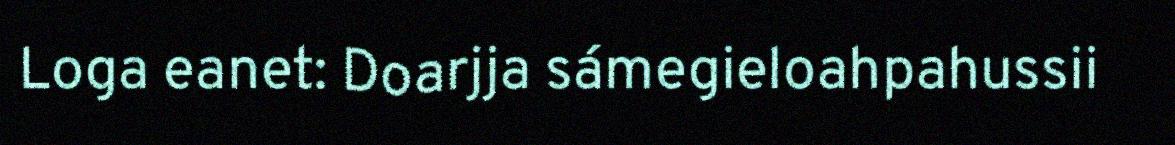
Loga eanet: Doarjja sámegieloahpahussii